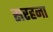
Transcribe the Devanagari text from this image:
सरहना